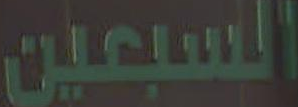
السبعين